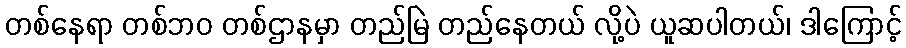
တစ်နေရာ တစ်ဘဝ တစ်ဌာနမှာ တည်မြဲ တည်နေတယ် လို့ပဲ ယူဆပါတယ်၊ ဒါကြောင့်